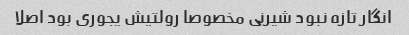
انگار تازه نبود شیرنی مخصوصا رولتیش یجوری بود اصلا